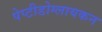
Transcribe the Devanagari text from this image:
पेप्टीडोग्लायकन